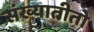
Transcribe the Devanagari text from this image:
संख्यातीतो